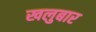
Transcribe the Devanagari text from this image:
खलुबार